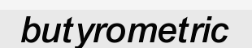
butyrometric